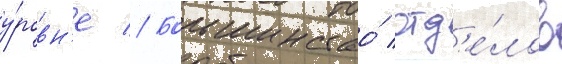
у́ровн'е // Большинство́ отд'е́лов